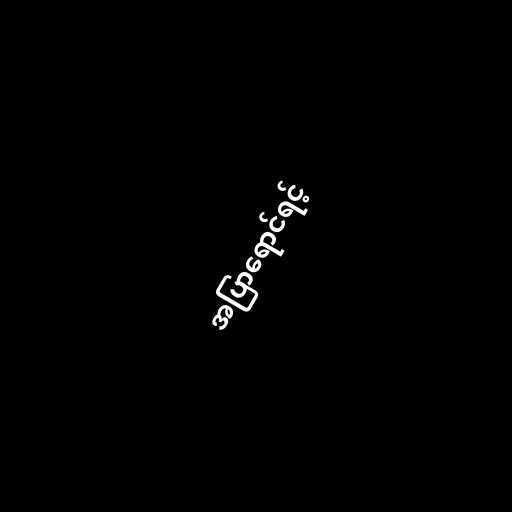
အပြာရောင်ရင့်